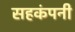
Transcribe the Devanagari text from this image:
सहकंपनी